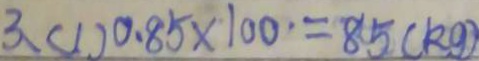
3 、 ( 1 ) 0 . 8 5 \times 1 0 0 = 8 5 ( k g )